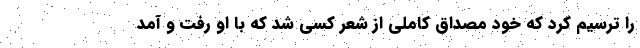
را ترسیم کرد که خود مصداق کاملی از شعر کسی شد که با او رفت و آمد